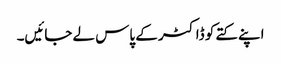
اپنے کتے کو ڈاکٹر کے پاس لے جائیں۔